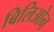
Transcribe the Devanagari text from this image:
बिलिओन